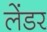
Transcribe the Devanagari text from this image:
लेंडर